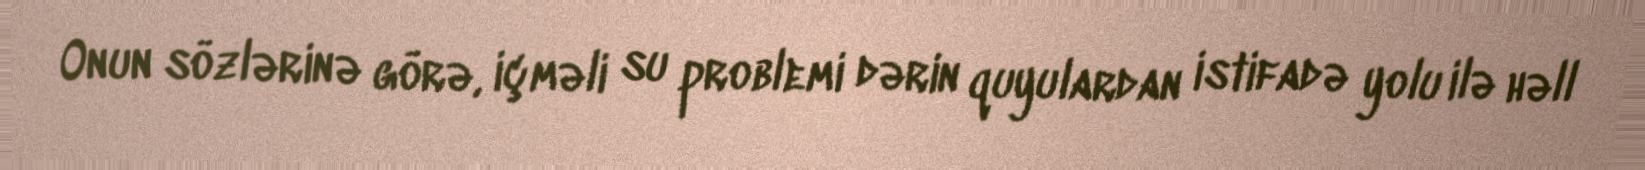
Onun sözlərinə görə, içməli su problemi dərin quyulardan istifadə yolu ilə həll